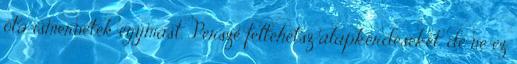
óta ismernétek egymást. Persze feltehetsz alapkérdéseket, de ne ez